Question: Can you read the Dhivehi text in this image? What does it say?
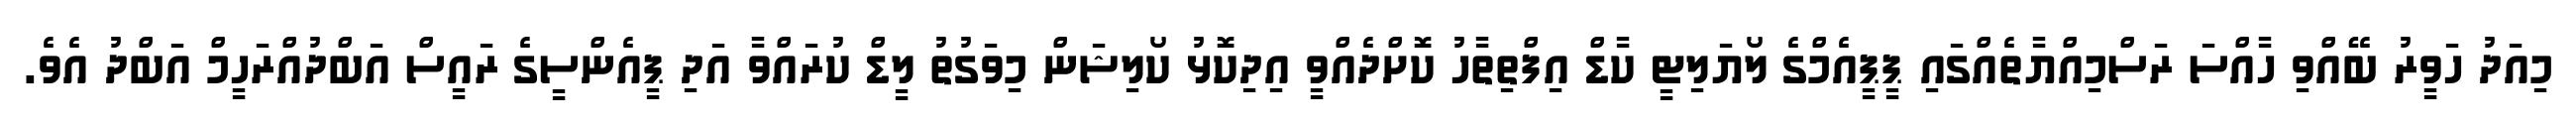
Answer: މިއަދު ހަވީރު ބޭއްވި ހާއްސަ ރަސްމިއްޔާތެއްގައި ޕީޕީއެމްގެ ލޯޔަލިޓީ ކާޑް އިފްތިތާހު ކޮށްދެއްވީ އިދިކޮޅު ކޯލިޝަން މިވަގުތު ލީޑް ކުރައްވާ އަދި ޕީއެންސީގެ ރައީސް އަބްދުއްރަހީމް އަބްދު އެވެ.